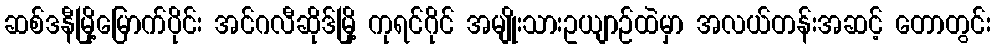
ဆစ်ဒနီမြို့မြောက်ပိုင်း အင်ဂလီဆိုဒ်မြို့ ကုရင်ဂိုင် အမျိုးသားဥယျာဉ်ထဲမှာ အလယ်တန်းအဆင့် တောတွင်း